Annual administration report of the Civil Veterinary Department of India - 1893-1894
Year: 1893
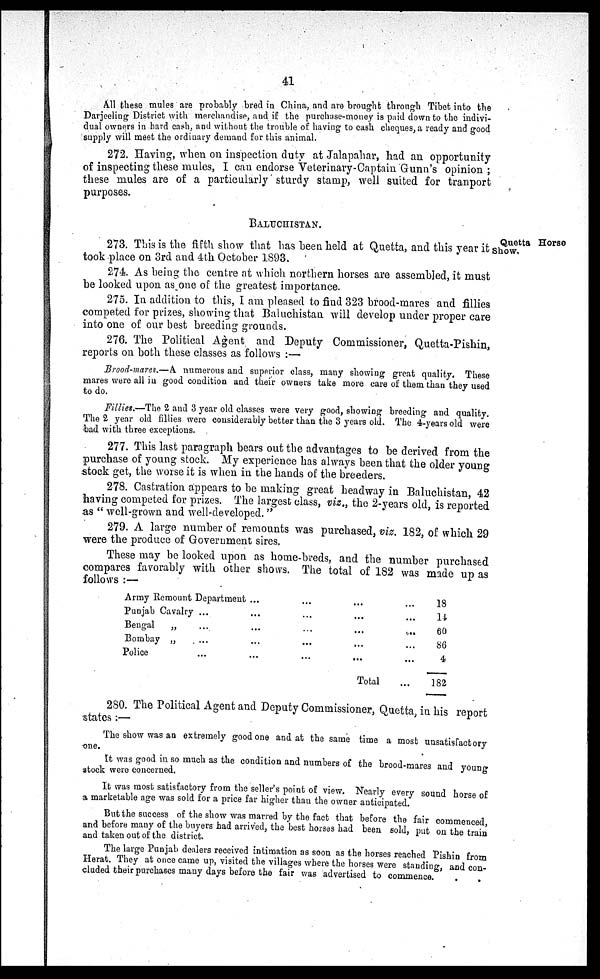
41
All these mules are probably bred in China, and are brought through Tibet into the
Darjeeling District with merchandise, and if the purchase-money is paid down to the indivi-
dual owners in hard cash, and without the trouble of having to cash cheques, a ready and good
supply will meet the ordinary demand for this animal.
272. Having, when on inspection duty at Jalapahar, had an opportunity
of inspecting these mules, I can endorse Veterinary-Captain Gunn's opinion;
these mules are of a particularly sturdy stamp, well suited for tranport
purposes.
BALUCHISTAN.
Quetta Horse
Show.
273. This is the fifth show that has been held at Quetta, and this year it
took place on 3rd and 4th October 1893.
274. As being the centre at which northern horses are assembled, it must
be looked upon as one of the greatest importance.
275. In addition to this, I am pleased to find 323 brood-mares and fillies
competed for prizes, showing that Baluchistan will develop under proper care
into one of our best breeding grounds.
276. The Political Agent and Deputy Commissioner, Quetta-Pishin,
reports on both these classes as follows:—
Brood-mares.—A. numerous and superior class, many showing great quality. These
mares were all in good condition and their owners take more care of them than they used
to do.
Fillies.—The 2 and 3 year old classes were very good, showing breeding and quality.
The 2 year old fillies were considerably better than the 3 years old. The 4-years old were
bad with three exceptions.
277. This last paragraph bears out the advantages to be derived from the
purchase of young stock. My experience has always been that the older young
stock get, the worse it is when in the hands of the breeders.
278. Castration appears to be making great headway in Baluchistan, 42
having competed for prizes. The largest class, viz., the 2-years old, is reported
as "well-grown and well-developed."
279. A large number of remounts was purchased, viz. 182, of which 29
were the produce of Government sires.
These may be looked upon as home-breds, and the number purchased
compares favorably with other shows. The total of 182 was made up as
follows:—
Army Remount Department ...
...
...
...
Punjab Cavalry ...
...
...
...
...
Bengal
„
...
...
...
...
...
Bombay „
...
...
...
... ...
Police ... ... ... ... ...
Total ...
18
14
60
86
4
182
280. The Political Agent and Deputy Commissioner, Quetta, in his report
states:—
The show was an extremely good one and at the same time a most unsatisfactory
one.
It was good in so much as the condition and numbers of the brood-mares and young
stock were concerned.
It was most satisfactory from the seller's point of view. Nearly every sound horse of
a marketable age was sold for a price far higher than the owner anticipated.
But the success of the show was marred by the fact that before the fair commenced
and before many of the buyers had arrived, the best horses had been sold, put on the train
and taken out of the district.
The large Punjab dealers received intimation as soon as the horses reached Pishin from
Herat. They at once came up, visited the villages where the horses were standing, and con-
cluded their purchases many days before the fair was advertised to commence.